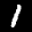
Label: 1